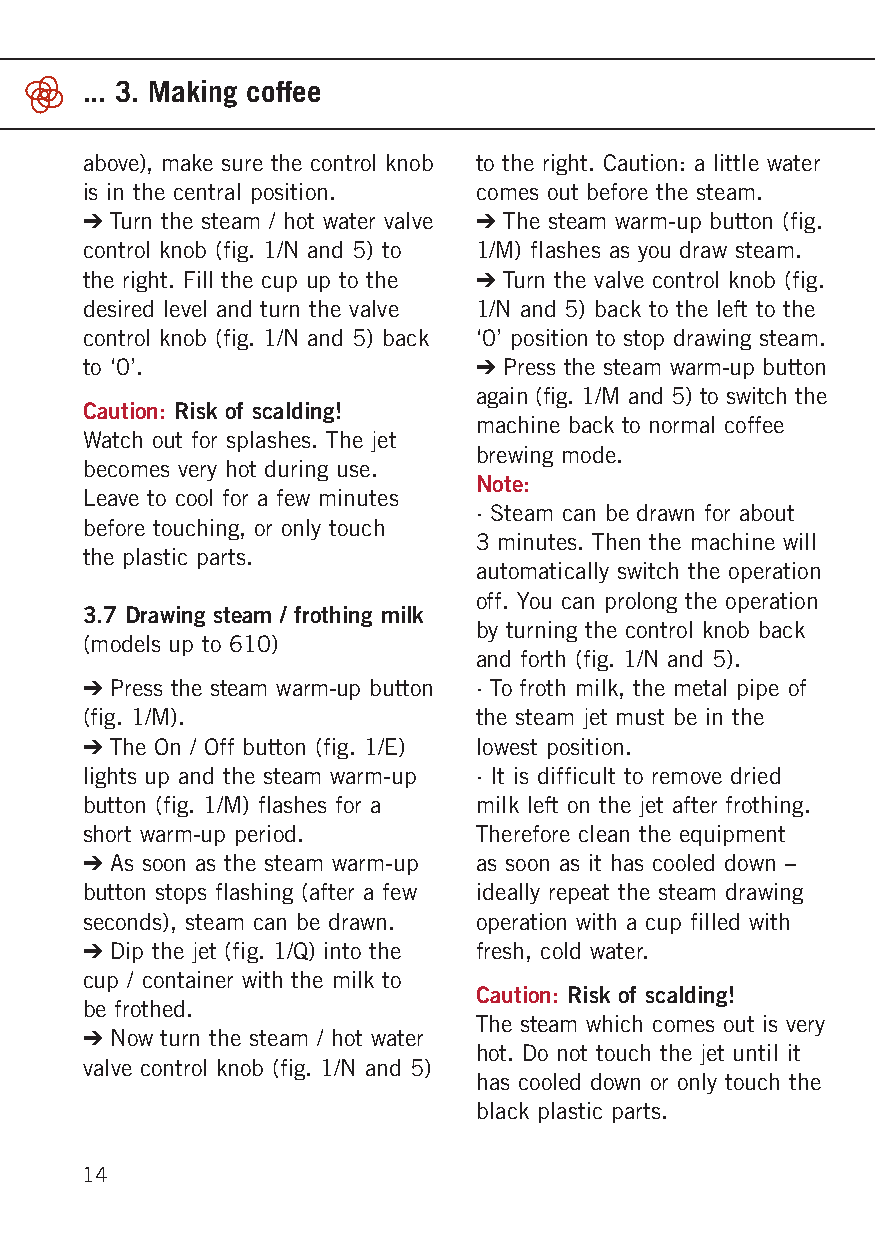
... 3. Making coffee
 above), make sure the control knob to the right. Caution: a little water
 is in the central position. comes out before the steam.
 ➔ Turn the steam / hot water valve ➔ The steam warm-up button (fig.
 control knob (fig. 1/N and 5) to 1/M) flashes as you draw steam.
 the right. Fill the cup up to the ➔ Turn the valve control knob (fig.
 desired level and turn the valve 1/N and 5) back to the left to the
 control knob (fig. 1/N and 5) back ‘0’ position to stop drawing steam.
 to ‘0’.                   ➔ Press the steam warm-up button
 again (fig. 1/M and 5) to switch the
 Caution: Risk of scalding!
 machine back to normal coffee
 Watch out for splashes. The jet
 brewing mode.
 be comes very hot during use.
 Note:
 Leave to cool for a few minutes
 · Steam can be drawn for about
 before touching, or only touch
 3 minutes. Then the machine will
 the plastic parts.
 automatically switch the operation
 off. You can prolong the operation
 3.7 Drawing steam / frothing milk
 by turning the control knob back
 (models up to 610)
 and forth (fig. 1/N and 5).
 ➔ Press the steam warm-up button · To froth milk, the metal pipe of
 (fig. 1/M).               the steam jet must be in the
 ➔ The On / Off button (fig. 1/E) lowest position.
 lights up and the steam warm-up · It is difficult to remove dried
 button (fig. 1/M) flashes for a milk left on the jet after frothing.
 short warm-up period.     Therefore clean the equipment
 ➔ As soon as the steam warm-up as soon as it has cooled down –
 button stops flashing (after a few ideally repeat the steam drawing
 seconds), steam can be drawn. operation with a cup filled with
 ➔ Dip the jet (fig. 1/Q) into the fresh, cold water.
 cup / container with the milk to
 Caution: Risk of scalding!
 be frothed.
 The steam which comes out is very
 ➔ Now turn the steam / hot water
 hot. Do not touch the jet until it
 valve control knob (fig. 1/N and 5)
 has cooled down or only touch the
 black plastic parts.
 14